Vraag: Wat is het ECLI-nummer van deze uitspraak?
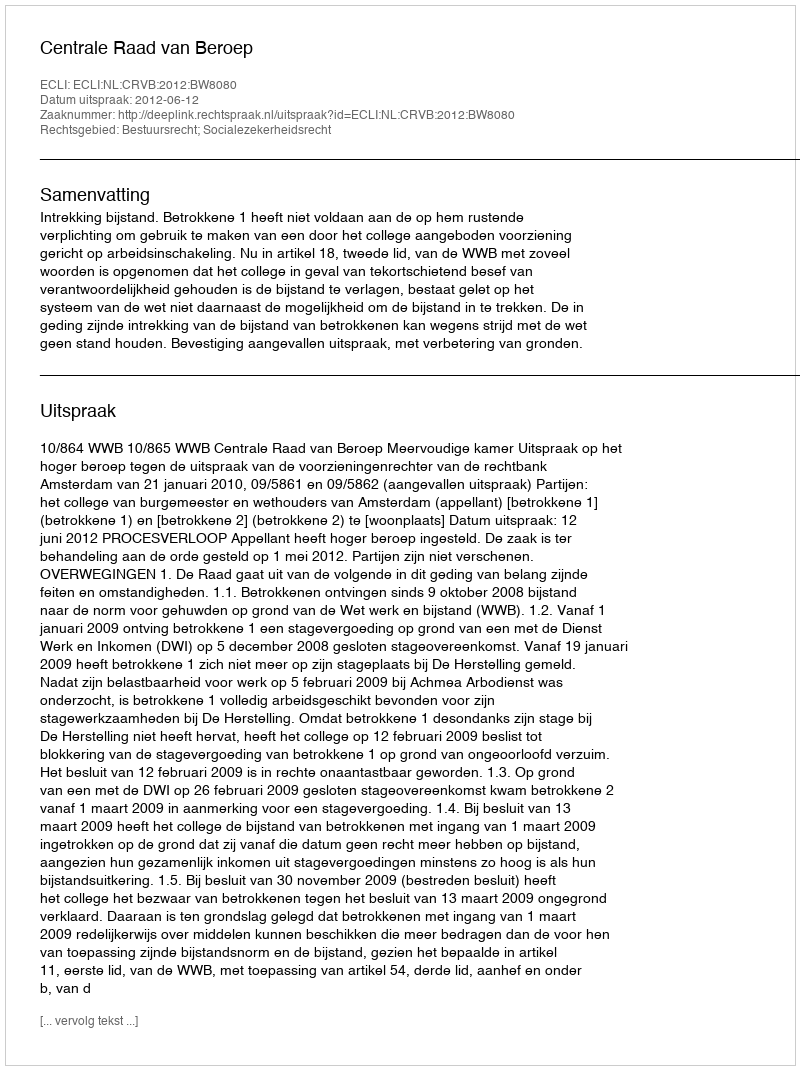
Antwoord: ECLI:NL:CRVB:2012:BW8080